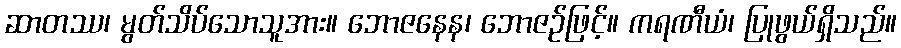
ဆာတဿ၊ မွတ်သိပ်သောသူအား။ ဘောဇနေန၊ ဘောဇဉ်ဖြင့်။ ကရဏီယံ၊ ပြုဖွယ်ရှိသည်။